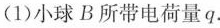
(1)小球B所带电荷量q.